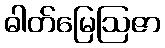
ဓါတ်မြေဩဇာ